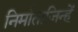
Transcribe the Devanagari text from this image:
निर्माताजिन्हें